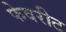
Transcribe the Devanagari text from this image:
फेवरीट